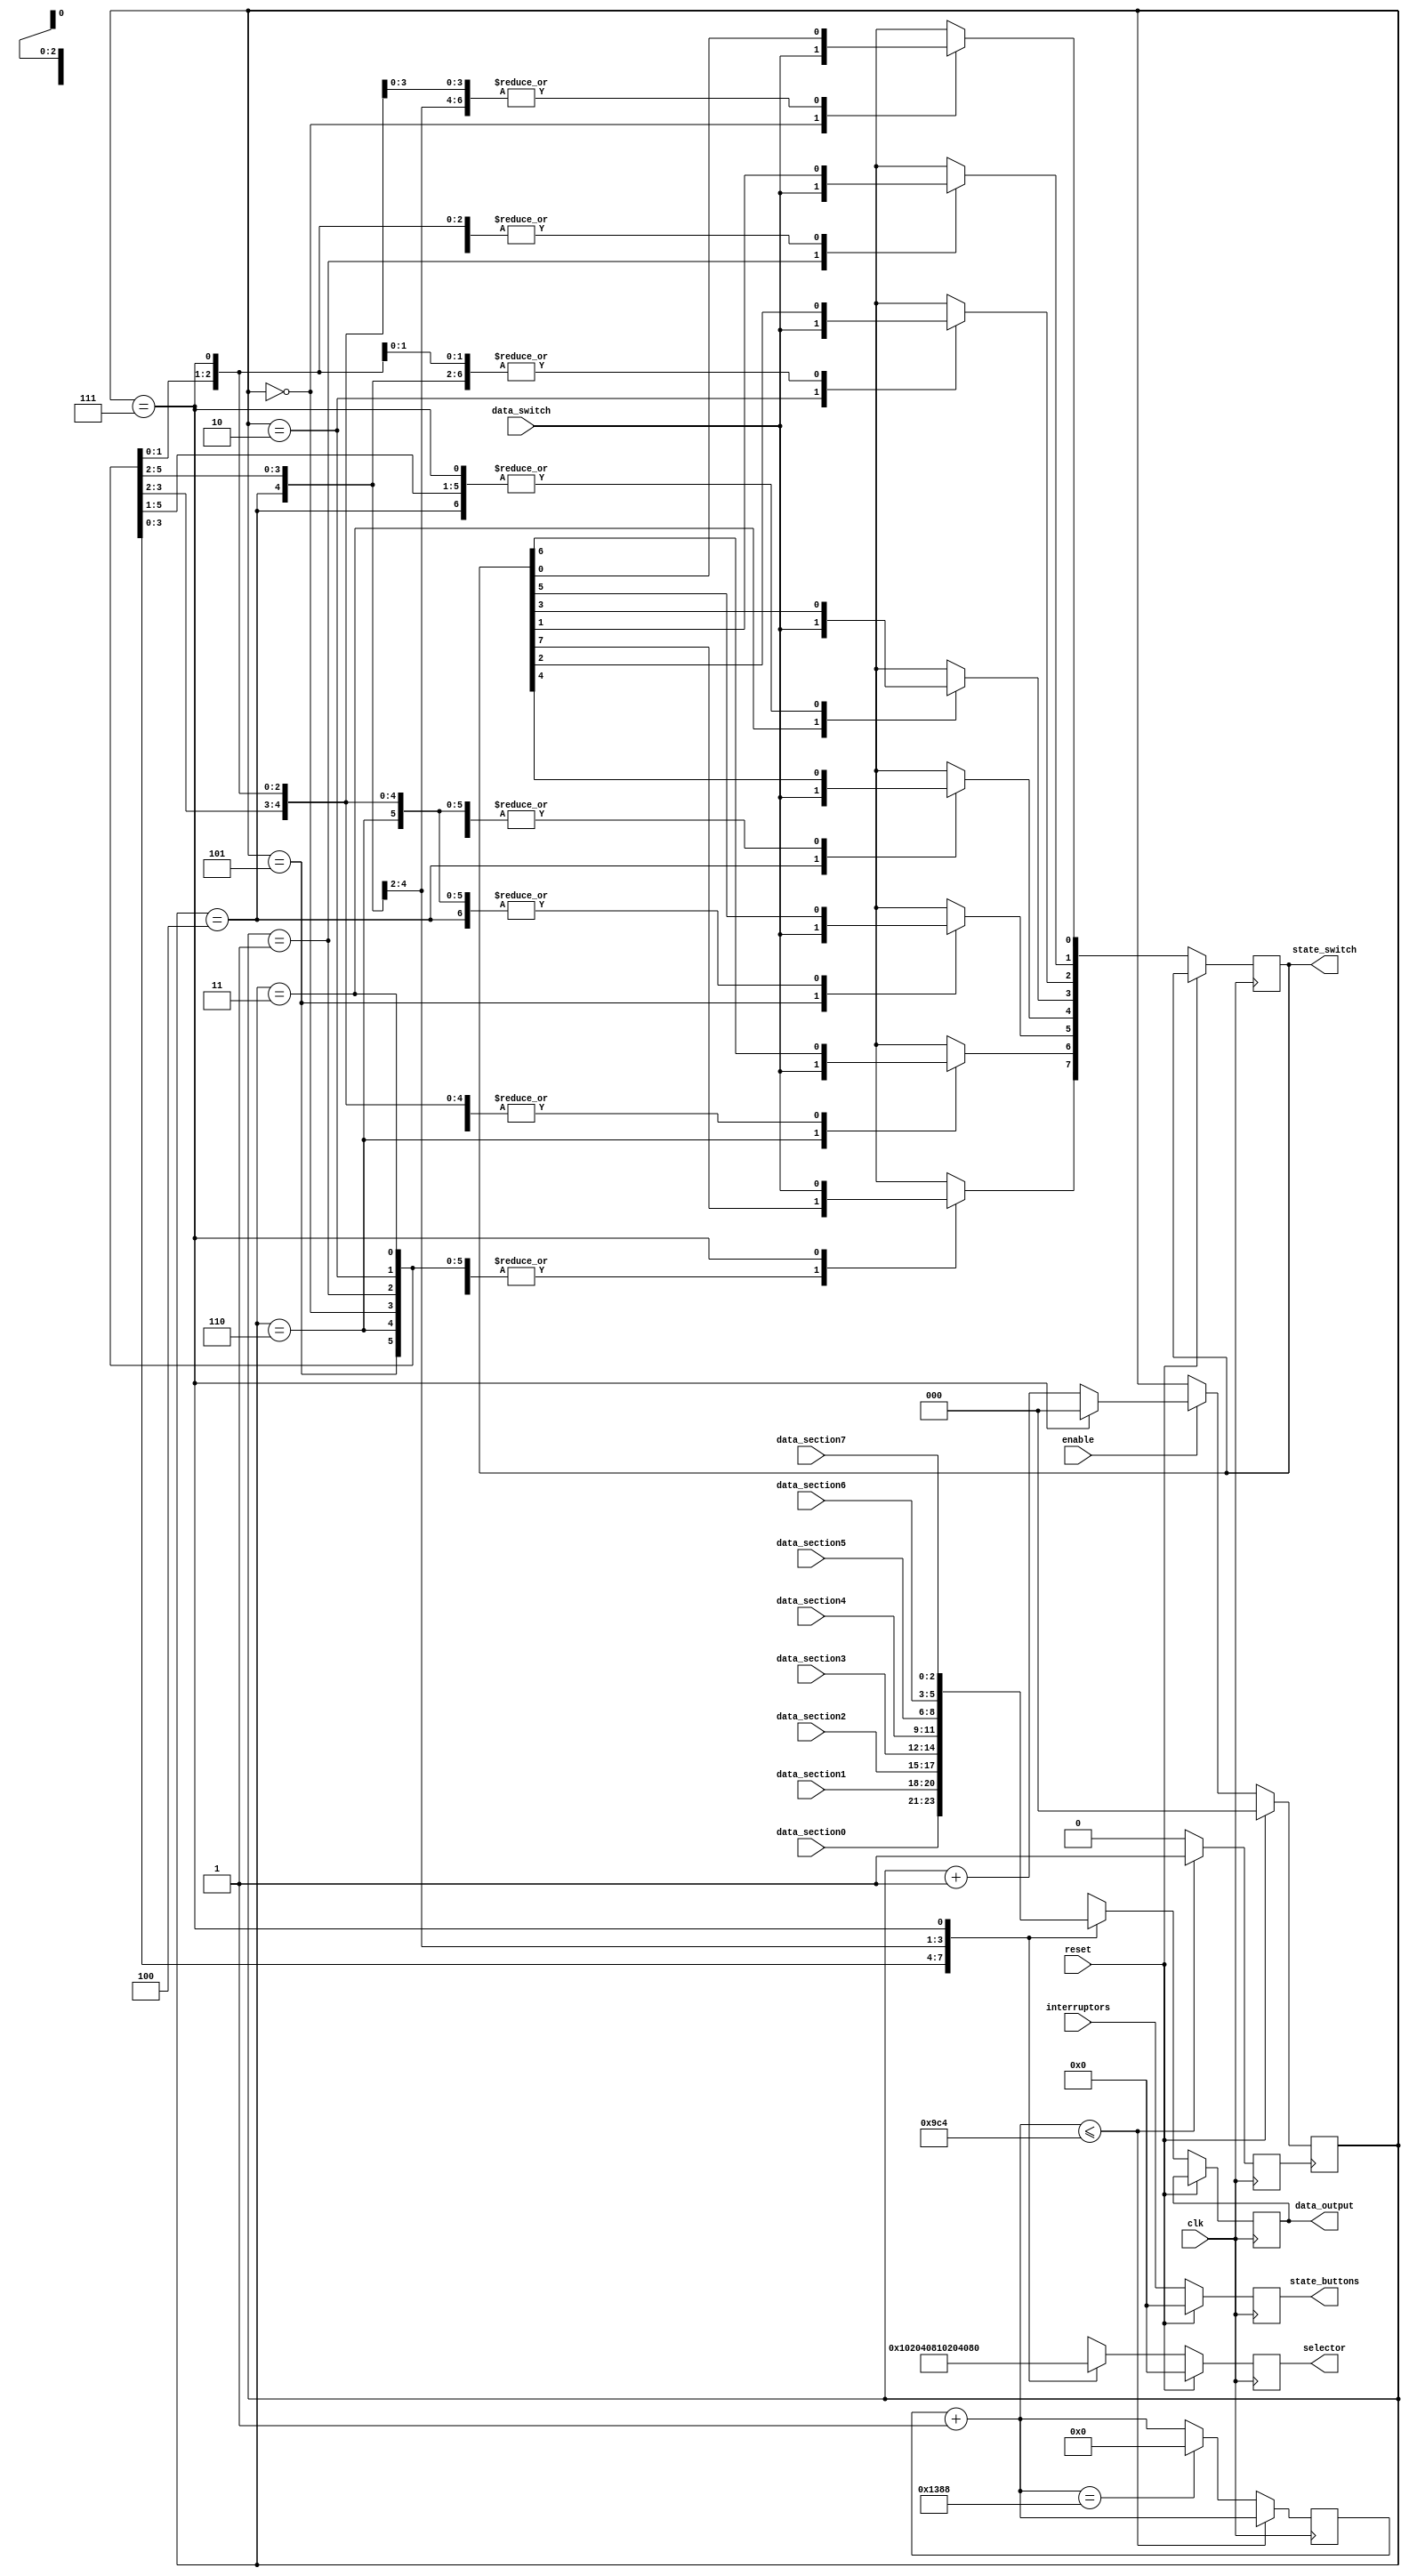
//-----------------------------------------------------
// Design Name : buttons  
//-----------------------------------------------------
module buttons ( 	
	input              clk,
	input              reset,
	input		   enable,
	input  [7:0]	interruptors,	
	output reg [7:0]  state_buttons, 
	input [2:0]	data_section0,
	input [2:0]     data_section1,
	input [2:0]     data_section2,
	input [2:0]     data_section3,
	input [2:0]     data_section4,
	input [2:0]     data_section5,
	input [2:0]     data_section6,
	input [2:0]     data_section7,
	output reg [2:0]  data_output,
	input 		data_switch,
	output reg [7:0] state_switch,
	output reg [7:0]  selector

);

always @ (posedge clk)
begin
	if (reset) 
		begin
		state_buttons = 8'b0;
		end 
	else 
			state_buttons = interruptors;
end


//////////////////////////////////////////
//
//    frequency divider
//
//////////////////////////////////////////
reg 	selec_clk;
reg 	[27:0] counter;

parameter n_alto=2500; //frequency of 20 kHz
//parameter n_alto = 79;  // frequency of 640 kHz
//parameter n_alto=50000000; // frequency of 4 Hz

initial begin
	counter=0;
	selec_clk=0;
end	 
always @ (posedge clk) 
	begin		
		counter = counter+1;
		if(counter<=n_alto)
			selec_clk=1;
		else
			begin
				selec_clk=0;
				if(counter==n_alto+n_alto)
					counter=0;
			end	
	end	

/////////////////////////////////////////////////////////////////
//
//  counter from 0 to number of sections on display
//
/////////////////////////////////////////////////////////////////

parameter n_output_decoder = 8; // number of output decoder
reg [2:0] counter_decoder;
always @ (posedge selec_clk)
begin
	if (reset) 
		begin
		counter_decoder = 3'b0;
		end 
	else 
		if (enable)
			if (counter_decoder == (n_output_decoder-1))
				counter_decoder = 3'b0;
			else
				counter_decoder = counter_decoder + 1;
		else
			counter_decoder = counter_decoder;
end

/////////////////////////////////////////////////////////////////
//
//  generate a output signals of decoder and data
//
/////////////////////////////////////////////////////////////////


always @ (posedge clk)
begin
	if(reset)
		begin
		selector=8'b0;
		end
	else
		case(counter_decoder)
			3'd0: 	begin
				selector=8'b00000001;
				data_output=data_section0;
				state_switch[0]=data_switch;
				end
			3'd1: 	begin
				selector=8'b00000010;
				data_output=data_section1;
				state_switch[1]=data_switch;
				end
			3'd2: 	begin
				selector=8'b00000100;
				data_output=data_section2;
				state_switch[2]=data_switch;
				end
			3'd3: 	begin
				selector=8'b00001000;
				data_output=data_section3;
				state_switch[3]=data_switch;
				end
			3'd4: 	begin
				selector=8'b00010000;
				data_output=data_section4;
				state_switch[4]=data_switch;
				end
			3'd5: 	begin
				selector=8'b00100000;
				data_output=data_section5;
				state_switch[5]=data_switch;
				end
			3'd6: 	begin
				selector=8'b01000000;
				data_output=data_section6;
				state_switch[6]=data_switch;
				end
			3'd7: 	begin
				selector=8'b10000000;
				data_output=data_section7;
				state_switch[7]=data_switch;
				end
			default: begin
				selector=8'b00000000;
				data_output=3'b0;
				end
		endcase
end

endmodule